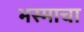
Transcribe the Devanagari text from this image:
भस्माचा